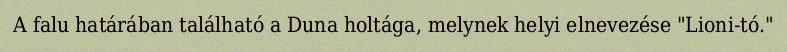
A falu határában található a Duna holtága, melynek helyi elnevezése "Lioni-tó."